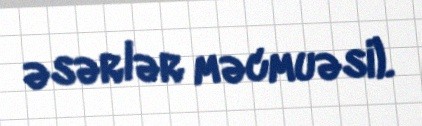
əsərlər məcmuəsi).